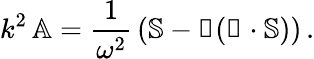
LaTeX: k^{2}\, \mathbb{A}={\frac{1}{\omega^{2}}}\left(\mathbb{S}-\mathbb{k}(\mathbb{k}\cdot\mathbb{S})\right)\, .